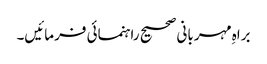
براہِ مہربانی صحیح راہنمائی فرمائیں۔